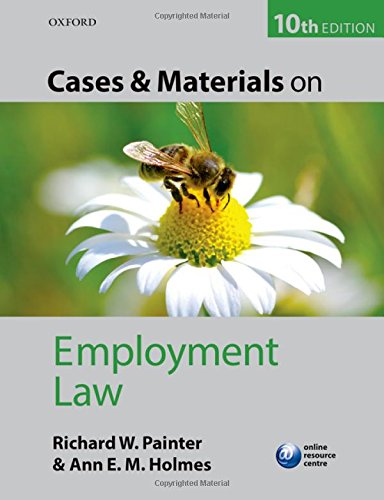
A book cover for Cases and Materials on Employment Law; Richard Painter; Law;